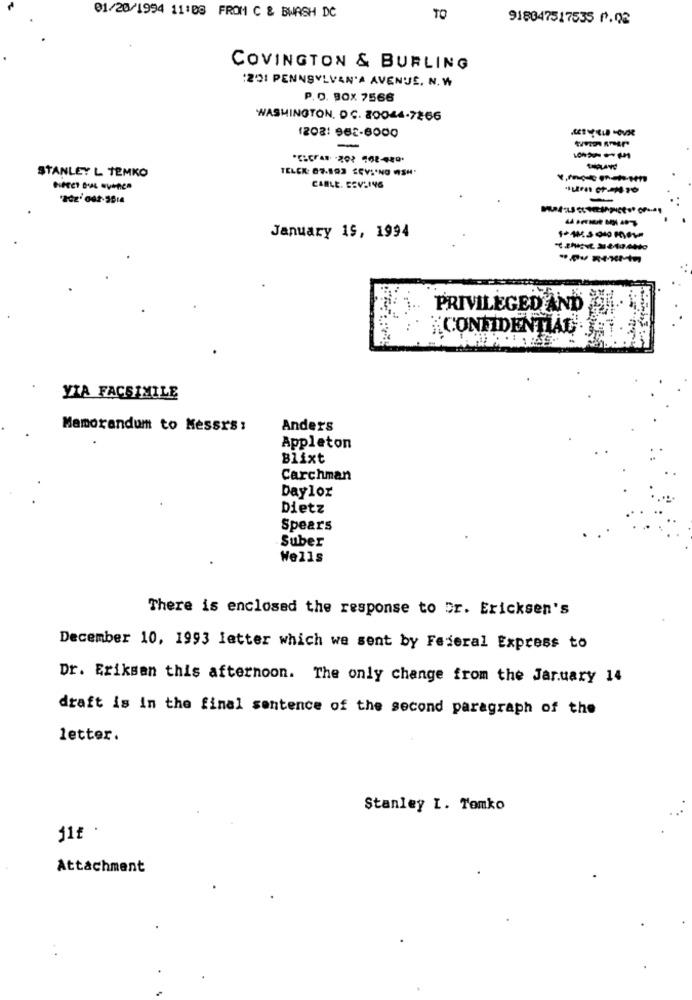
01/20/1994 11:00 FROM C & BWASH DC
TO
918047517535 0.02
COVINGTON & BURLING
:201 PENNSYLVAN'A AVENUE, N. W
P.O. BOX 7566
WASHINGTON, DC. 20044-7266
1208: 982-6000
----
TELEK: 67-193 SEVSING (SH.
STANLEY L TEMKO
CABLE. ESV-14G
-
------
January 19, 1994
PRIVILEGED AND
CONFIDENTIAL".
VIA FACSIMILE
Memorandum to Messrs :
Anders
Appleton
Blixt
Carchman
Daylox
Dietz
Spears
Suber
Wells
There is enclosed the response to Er. Ericksen's
December 10, 1993 letter which we sent by Federal Express to
Dr. Eriksen this afternoon. The only change from the January 14
draft is in the final sentence of the second paragraph of the
letter.
Stanley I. Tomko
jit .
Attachment